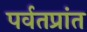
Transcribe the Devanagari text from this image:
पर्वतप्रांत